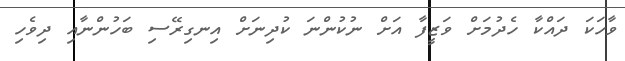
ވާހަކަ ދައްކާ ހެދުމަށް ވަޒީފާ އަށް ނުކުންނަ ކުދިނަށް އިނގިރޭސި ބަހުންނާއި ދިވެހި